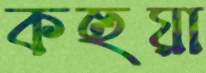
কহুয়া